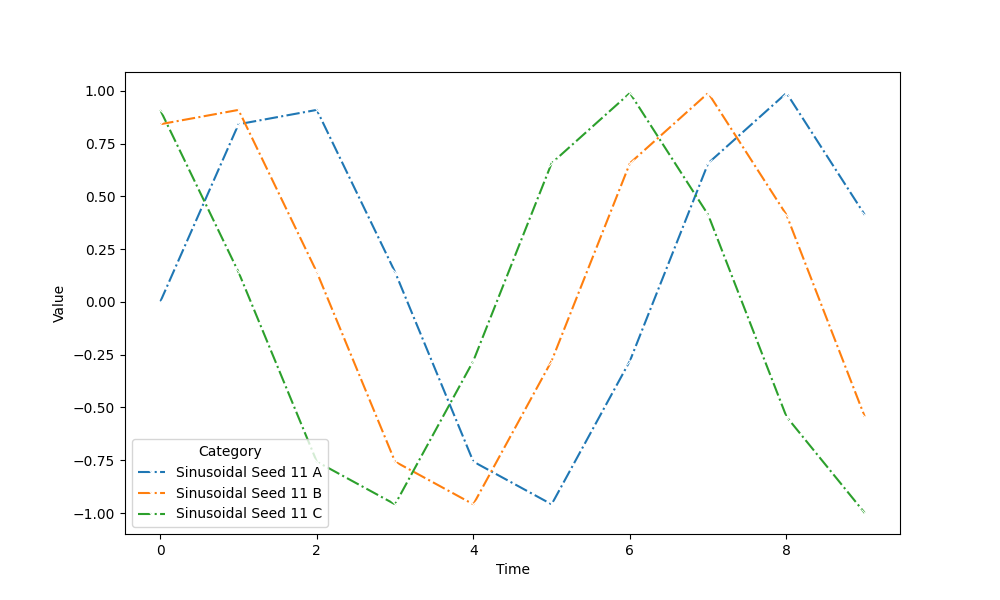
python, seaborn, lineplot, style='dashdot', marker='x'